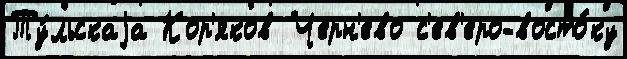
Ту́льскаjа Кор'яков Черн'ево с'ев'еро-восто́ку